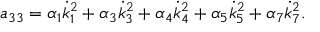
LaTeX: a _ { 3 3 } = \alpha _ { 1 } \dot { k } _ { 1 } ^ { 2 } + \alpha _ { 3 } \dot { k } _ { 3 } ^ { 2 } + \alpha _ { 4 } \dot { k } _ { 4 } ^ { 2 } + \alpha _ { 5 } \dot { k } _ { 5 } ^ { 2 } + \alpha _ { 7 } \dot { k } _ { 7 } ^ { 2 } .